Indian journal of veterinary science and animal husbandry - Volumes 24-25, 1954-1955
Year: 1954
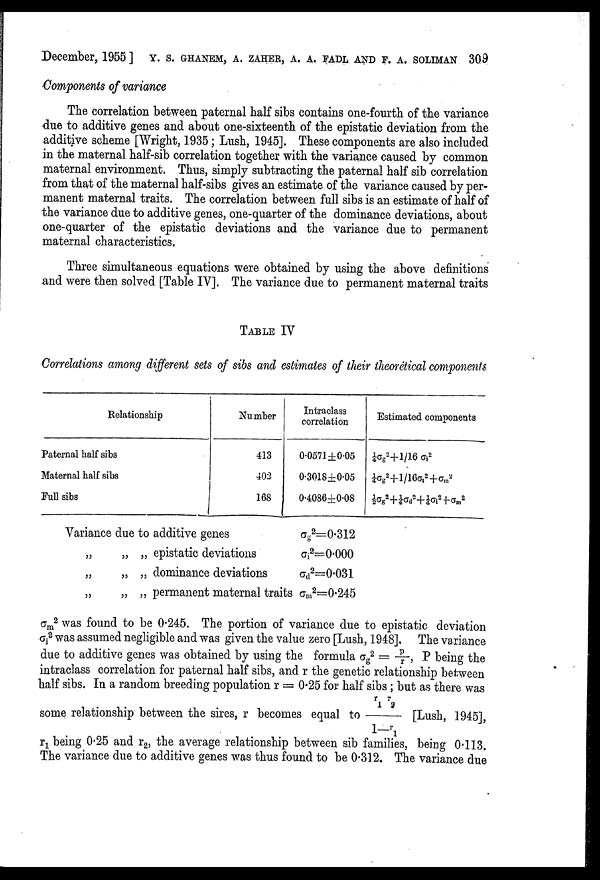
December, 1955 ] Y. S. GHANEM, A. ZAHER, A. A. FADL AND P. A. SOLIMAN 309
Components of variance
The correlation between paternal half sibs contains one-fourth of the variance
due to additive genes and about one-sixteenth of the epistatic deviation from the
additive scheme [Wright, 1935; Lush, 1945]. These components are also included
in the maternal half-sib correlation together with the variance caused by common
maternal environment. Thus, simply subtracting the paternal half sib correlation
from that of the maternal half-sibs gives an estimate of the variance caused by per-
manent maternal traits. The correlation between full sibs is an estimate of half of
the variance due to additive genes, one-quarter of the dominance deviations, about
one-quarter of the epistatic deviations and the variance due to permanent
maternal characteristics.
Three simultaneous equations were obtained by using the above definitions
and were then solved [Table IV]. The variance due to permanent maternal traits
TABLE IV
Correlations among different sets of sibs and estimates of their theoretical components
Relationship
Paternal half sibs
Maternal half sibs
Pull sibs
Number
413
402
168
Intraclass
correlation
0.0571±0.05
0.3018±0.05
0.4086±0.08
Estimated components
¼7σg 2 +1/16 σi 2
¼σ g
2 +1/16σ t
2 +σ m
2
½σ g
2 +¼σ d
2 +¼σ i
2 +σ m
2
Variance due to additive genes
„
„ „ epistatic deviations
„
„ „ dominance deviations
„
„ „ permanent maternal traits
σ g
2 =0.312
σ i
2 =0.000
σ d
2 =0.031
σ m
2
=0.245
σ m
2 was found to be 0.245. The portion of variance due to epistatic deviation
σ i
2 was assumed negligible and was given the value zero [Lush, 1948]. The variance
due to additive genes was obtained by using the formula σ g
2 = p/x, P being the
intraclass correlation for paternal half sibs, and r the genetic relationship between
half sibs. In a random breeding population r = 0.25 for half sibs ; but as there was
some relationship between the sires, r becomes equal to r 1 r 2 /1-r 1 [Lush, 1945],
r 1 being 0.25 and r 2 , the average relationship between sib families, being 0.113.
The variance due to additive genes was thus found to be 0.312. The variance due